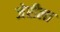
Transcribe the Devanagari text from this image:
जेरीला